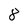
Character: 8